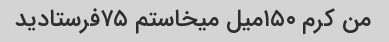
من کرم ۱۵۰میل میخاستم ۷۵فرستادید